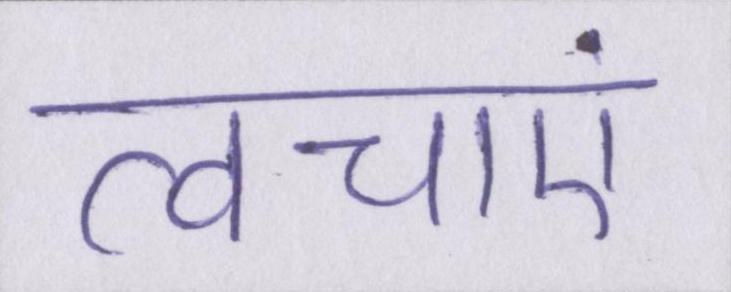
त्वचाएं